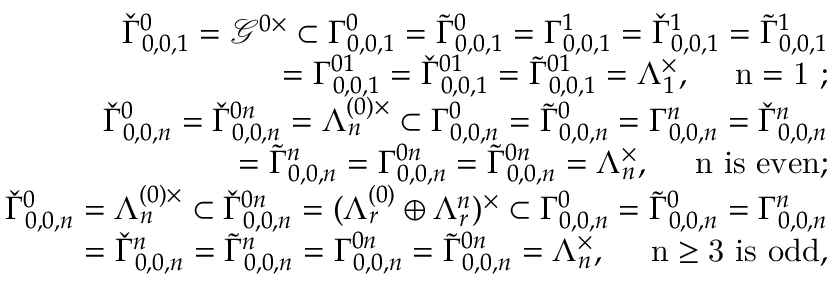
\begin{array} { r l r } { \! \! \! \! \! \! \! \! \! \! \! \! } & { } & { \check { \Gamma } _ { 0 , 0 , 1 } ^ { 0 } = \mathcal { G } ^ { 0 \times } \subset { \Gamma } _ { 0 , 0 , 1 } ^ { 0 } = \tilde { \Gamma } _ { 0 , 0 , 1 } ^ { 0 } = { \Gamma } _ { 0 , 0 , 1 } ^ { 1 } = \check { \Gamma } _ { 0 , 0 , 1 } ^ { 1 } = \tilde { \Gamma } _ { 0 , 0 , 1 } ^ { 1 } } \\ { \! \! \! \! \! \! \! \! \! \! \! \! } & { } & { \qquad = { \Gamma } _ { 0 , 0 , 1 } ^ { 0 1 } = \check { \Gamma } _ { 0 , 0 , 1 } ^ { 0 1 } = \tilde { \Gamma } _ { 0 , 0 , 1 } ^ { 0 1 } = \Lambda _ { 1 } ^ { \times } , \quad \mathrm { ~ n = 1 ~ } ; } \\ { \! \! \! \! \! \! \! \! \! \! \! \! } & { } & { \check { \Gamma } _ { 0 , 0 , n } ^ { 0 } = \check { \Gamma } _ { 0 , 0 , n } ^ { 0 n } = \Lambda _ { n } ^ { ( 0 ) \times } \subset { \Gamma } _ { 0 , 0 , n } ^ { 0 } = \tilde { \Gamma } _ { 0 , 0 , n } ^ { 0 } = { \Gamma } _ { 0 , 0 , n } ^ { n } = \check { \Gamma } _ { 0 , 0 , n } ^ { n } } \\ { \! \! \! \! \! \! \! \! \! \! \! \! } & { } & { \qquad = \tilde { \Gamma } _ { 0 , 0 , n } ^ { n } = { \Gamma } _ { 0 , 0 , n } ^ { 0 n } = \tilde { \Gamma } _ { 0 , 0 , n } ^ { 0 n } = \Lambda _ { n } ^ { \times } , \quad \mathrm { ~ n ~ i s ~ e v e n } ; } \\ { \! \! \! \! \! \! \! \! \! \! \! \! } & { } & { \check { \Gamma } _ { 0 , 0 , n } ^ { 0 } = \Lambda _ { n } ^ { ( 0 ) \times } \subset \check { \Gamma } _ { 0 , 0 , n } ^ { 0 n } = ( \Lambda _ { r } ^ { ( 0 ) } \oplus \Lambda _ { r } ^ { n } ) ^ { \times } \subset { \Gamma } _ { 0 , 0 , n } ^ { 0 } = \tilde { \Gamma } _ { 0 , 0 , n } ^ { 0 } = { \Gamma } _ { 0 , 0 , n } ^ { n } } \\ { \! \! \! \! \! \! \! \! \! \! \! \! } & { } & { \qquad = \check { \Gamma } _ { 0 , 0 , n } ^ { n } = \tilde { \Gamma } _ { 0 , 0 , n } ^ { n } = { \Gamma } _ { 0 , 0 , n } ^ { 0 n } = \tilde { \Gamma } _ { 0 , 0 , n } ^ { 0 n } = \Lambda _ { n } ^ { \times } , \quad \mathrm { ~ n \geq 3 ~ i s ~ o d d } , } \end{array}